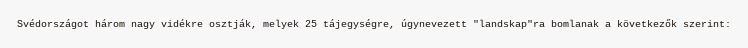
Svédországot három nagy vidékre osztják, melyek 25 tájegységre, úgynevezett "landskap"ra bomlanak a következők szerint: